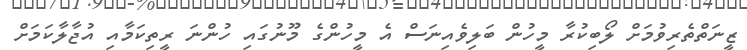
ޒީނަތްތެރިވުމަށް ލޯބިކުރާ މީހުން ބަލިވެއިނަސް އެ މީހުންގެ މޫނުގައި ހުންނަ ރީތިކަމާއި އުޖާލާކަމަށް